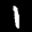
Label: 1